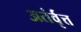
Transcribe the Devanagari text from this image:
अतंर्वृत्त